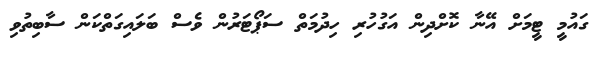
ގައުމީ ޓީމަށް އޭނާ ކޮށްދިން އަގުހުރި ހިދުމަތް ސަޕޯޓަރުން ވެސް ބަލައިގަތްކަން ސާބިތުވި